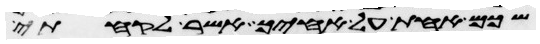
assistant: שכם אחת על אחיך אשר לקחתי